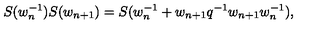
S ( w _ { n } ^ { - 1 } ) S ( w _ { n + 1 } ) = S ( w _ { n } ^ { - 1 } + w _ { n + 1 } q ^ { - 1 } w _ { n + 1 } w _ { n } ^ { - 1 } ) ,